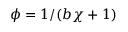
\phi = 1 / ( b \chi + 1 )